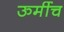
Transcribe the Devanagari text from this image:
ऊर्मीच